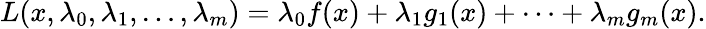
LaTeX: L(x,\lambda_{0},\lambda_{1},\ldots,\lambda_{m})=\lambda_{0}f(x)+\lambda_{1}g_{1}(x)+\cdots+\lambda_{m}g_{m}(x).